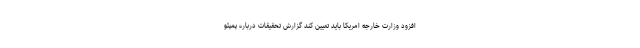
افزود وزارت خارجه امریکا باید تعیین کند گزارش تحقیقات درباره پمپئو